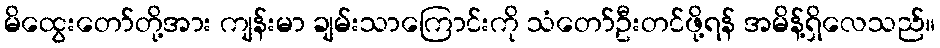
မိထွေးတော်တို့အား ကျန်းမာ ချမ်းသာကြောင်းကို သံတော်ဦးတင်ဖို့ရန် အမိန့်ရှိလေသည်။